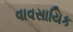
વાવસાયિક